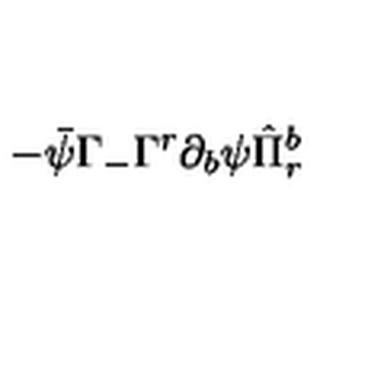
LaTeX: - \bar { \psi } \Gamma _ { - } \Gamma ^ { r } \partial _ { b } \psi \hat { \Pi } _ { r } ^ { b }